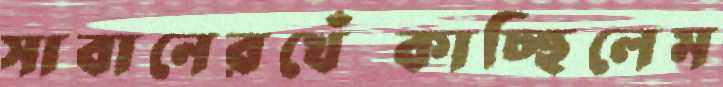
সাবানেরখেঁচ্‌কাচ্ছিলেম